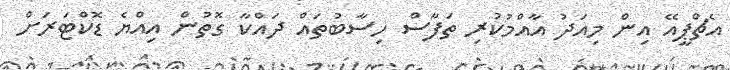
އެޗްޕީއޭ އިން މިއަދު އާއްމުކުރި ތަފާސް ހިސާބުތައް ދައްކާ ގޮތުން އިއްޔެ ޑޮކްޓަރަށް